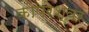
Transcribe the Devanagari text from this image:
कोपरेश्वर